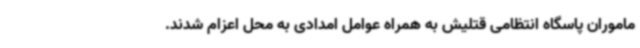
ماموران پاسگاه انتظامی قتلیش به همراه عوامل امدادی به محل اعزام شدند.